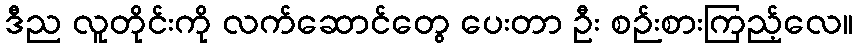
ဒီည လူတိုင်းကို လက်ဆောင်တွေ ပေးတာ ဦး စဉ်းစားကြည့်လေ။